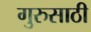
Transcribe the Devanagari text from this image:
गुरुसाठी